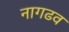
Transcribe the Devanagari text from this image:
नागढव